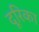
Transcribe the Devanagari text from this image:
दूरिका